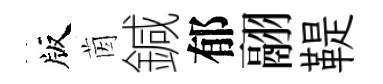
版茵鍼郁翮鞮